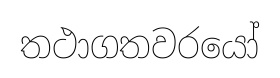
තථාගතවරයෝ